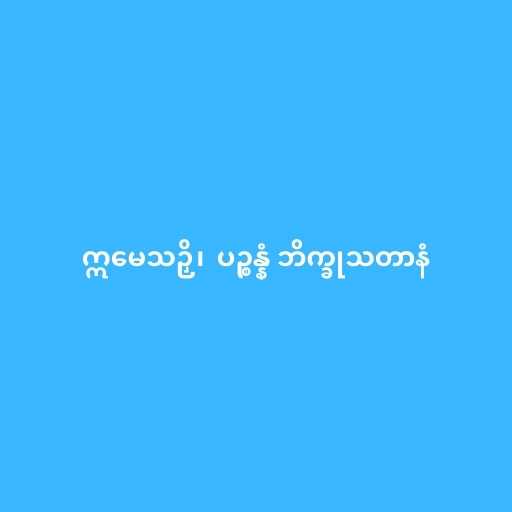
ဣမေသဉှိ၊  ပဉ္စန္နံ ဘိက္ခုသတာနံ